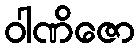
ဝါဏိဇော